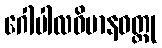
ဂေါပါလဝိမာနဝတ္ထု